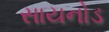
સાયનોડ